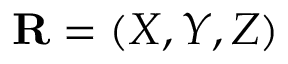
\mathbf { R } = ( X , Y , Z )